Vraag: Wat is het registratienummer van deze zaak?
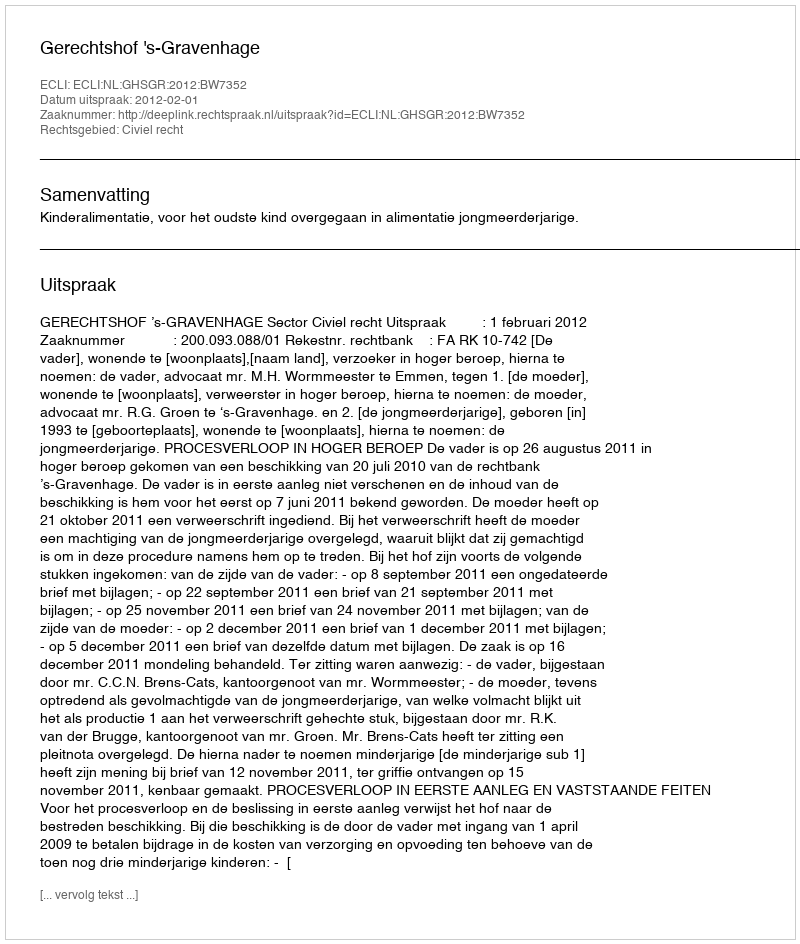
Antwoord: http://deeplink.rechtspraak.nl/uitspraak?id=ECLI:NL:GHSGR:2012:BW7352